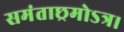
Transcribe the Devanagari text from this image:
समंताछ्रमोऽत्र।